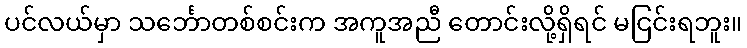
ပင်လယ်မှာ သင်္ဘောတစ်စင်းက အကူအညီ တောင်းလို့ရှိရင် မငြင်းရဘူး။